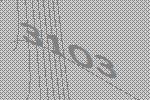
3103